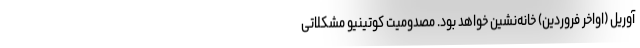
آوریل (اواخر فروردین) خانه‌نشین خواهد بود. مصدومیت کوتینیو مشکلاتی